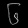
Digit: ၆